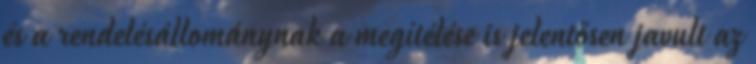
és a rendelésállománynak a megítélése is jelentősen javult az